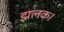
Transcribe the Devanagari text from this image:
झलक।